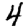
Digit: 4